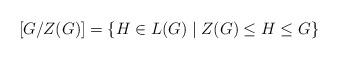
LaTeX: \begin{align*}[G/Z(G)]=\{H\in L(G)\mid Z(G)\leq H\leq G\}\end{align*}